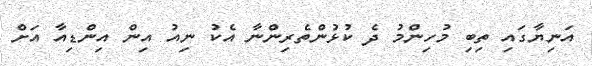
އަނިޔާގައި ތިބި މުހިންމު ދެ ކުޅުންތެރިންނާ އެކު ނިއު އިން އިންޑިއާ އަށް